French and German assistants in Scottish schools and training centres, 1938
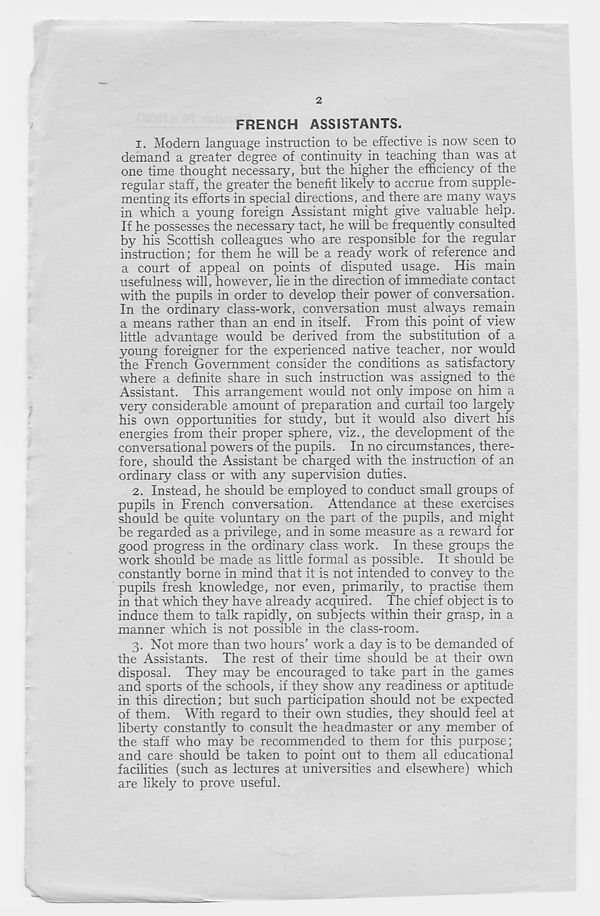
2
FRENCH ASSISTANTS.
1. Modern language instruction to be effective is now seen to
demand a greater degree of continuity in teaching than was at
one time thought necessary, but the higher the efficiency of the
regular staff, the greater the benefit likely to accrue from supple-
menting its efforts in special directions, and there are many ways
in which a young foreign Assistant might give valuable help.
If he possesses the necessary tact, he will be frequently consulted
by his Scottish colleagues who are responsible for the regular
instruction; for them he will be a ready work of reference and
a court of appeal on points of disputed usage. His main
usefulness will, however, lie in the direction of immediate contact
with the pupils in order to develop their power of conversation.
In the ordinary class-work, conversation must always remain
a means rather than an end in itself. From this point of view
little advantage would be derived from the substitution of a
young foreigner for the experienced native teacher, nor would
the French Government consider the conditions as_ satisfactory
where a definite share in such instruction was assigned to the
Assistant. This arrangement would not only impose on him a
very considerable amount of preparation and curtail too largely
his own opportunities for study, but it would also divert his
energies from their proper sphere, viz., the development of the
conversational powers of the pupils. In no circumstances, there-
fore, should the Assistant be charged with the instruction of an
ordinary class or with any supervision duties.
2. Instead, he should be employed to conduct small groups of
pupils in French conversation. Attendance at these exercises
should be quite voluntary on the part of the pupils, and might
be regarded as a privilege, and in some measure as a reward for
good progress in the ordinary class work. In these groups the
work should be made as little formal as possible. It should be
constantly borne in mind that it is not intended to convey to the
pupils fresh knowledge, nor even, primarily, to practise them
in that which they have already acquired. The chief object is to
induce them to talk rapidly, on subjects within their grasp, in a
manner which is not possible in the class-room.
3. Not more than two hours’ work a day is to be demanded of
the Assistants. The rest of their time should be at their own
disposal. They may be encouraged to take part in the games
and sports of the schools, if they show any readiness or aptitude
in this direction; but such participation should not be expected
of them. With regard to their own studies, they should feel at
liberty constantly to consult the headmaster or any member of
the staff who may be recommended to them for this purpose;
and care should be taken to point out to them all educational
facilities (such as lectures at universities and elsewhere) which
are likely to prove useful.